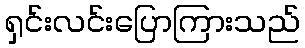
ရှင်းလင်းပြောကြားသည်